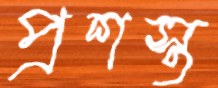
প্রশস্ত